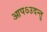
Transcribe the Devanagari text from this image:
आपऽउदन्तु